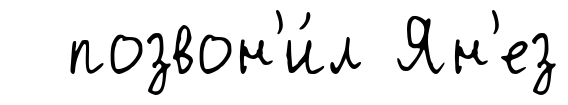
позвон'и́л Ян'ез